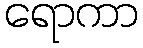
ရောကာ